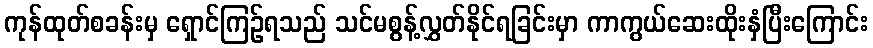
ကုန်ထုတ်စခန်းမှ ရှောင်ကြဉ်ရသည် သင်မစွန့်လွှတ်နိုင်ရခြင်းမှာ ကာကွယ်ဆေးထိုးနှံပြီးကြောင်း